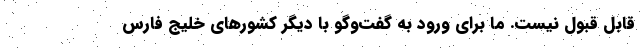
قابل قبول نیست. ما برای ورود به گفت‌وگو با دیگر کشورهای خلیج فارس